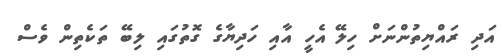
އަދި ރައްޔިތުންނަށް ހިލޭ އެހީ އާއި ހަދިޔާގެ ގޮތުގައި ލިބޭ ތަކެތިން ވެސް